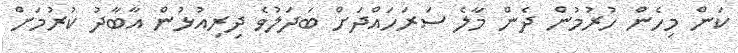
ކަން މިހެން ހުރުމުން ދެން މާލެ ސަރަހައްދަށް ބަަދަލުވެ ދިރިއުޅުން އާބާދު ކުރުމަށް